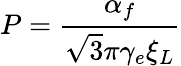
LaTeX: P=\frac{\alpha_{f}}{\sqrt{3}\pi\gamma_{e}\xi_{L}}